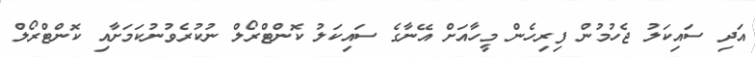
އަދި ސައިކަލު ޖެހުމުން ފިރިހެން މީހާއަށް އޭނާގެ ސައިކަލު ކޮންޓްރޯލް ނުކުރެވުނުކަމަށާއި ކޮންޓްރޯލް